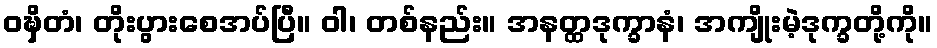
ဝဍ္ဎှိတံ၊ တိုးပွားစေအပ်ပြီ။ ဝါ၊ တစ်နည်း။ အနတ္ထဒုက္ခာနံ၊ အကျိုးမဲ့ဒုက္ခတို့ကို။